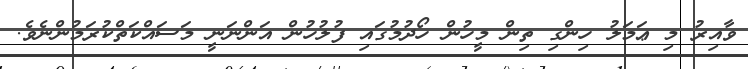
ވާއިރު މި ޢަމަލު ހިންގި ތިން މީހުން ހޯދުމުގައި ފުލުހުން އަންނަނީ މަސައްކަތްކުރަމުންނެވެ.